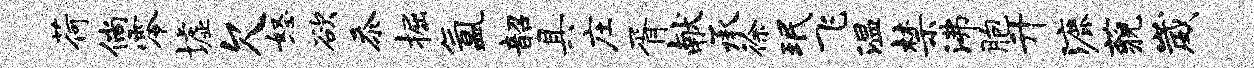
荷倘零墟欠怒欲忝掘氲韶具庄胥献承徐珉飞温禁沸胞升漉藐崴